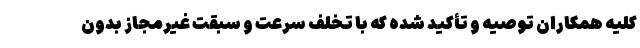
کلیه همکاران توصیه و تأکید شده که با تخلف سرعت و سبقت غیرمجاز بدون